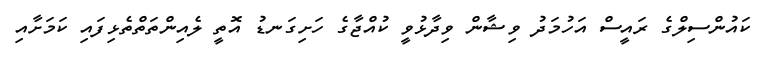
ކައުންސިލްގެ ރައީސް އަހުމަދު ވިޝާން ވިދާޅުވީ ކުއްޖާގެ ހަށިގަނޑު އޮތީ ލެއިންތަތްތެޅިފައި ކަމަށާއި